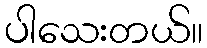
ပါသေးတယ်။